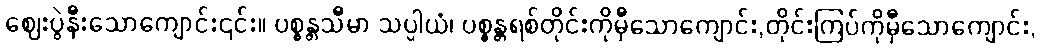
ဈေးပွဲနီးသောကျောင်း၎င်း။ ပစ္စန္တသီမာ သပ္ပါယံ၊ ပစ္စန္တရစ်တိုင်းကိုမှီသောကျောင်း,တိုင်းကြပ်ကိုမှီသောကျောင်း,